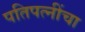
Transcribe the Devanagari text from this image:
पतिपत्‍नींचा